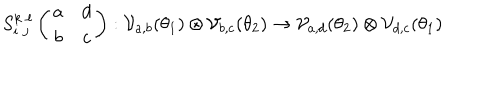
LaTeX: S _ { i \; j } ^ { k \; \ell } \left( \begin{array} { c c } { { a } } & { { d } } \\ { { b } } & { { c } } \\ \end{array} \right) : { \cal V } _ { a , b } ( \theta _ { 1 } ) \otimes { \cal V } _ { b , c } ( \theta _ { 2 } ) \rightarrow { \cal V } _ { a , d } ( \theta _ { 2 } ) \otimes { \cal V } _ { d , c } ( \theta _ { 1 } )